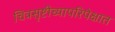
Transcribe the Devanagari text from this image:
चित्रसृष्टीच्यापरिपेक्षात